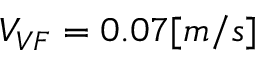
V _ { V F } = 0 . 0 7 [ m / s ]